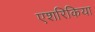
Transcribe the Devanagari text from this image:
एशरिकिया